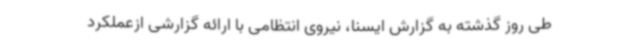
طی روز گذشته به گزارش ایسنا، نیروی انتظامی با ارائه گزارشی ازعملکرد